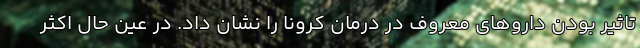
تاثیر بودن دارو‌های معروف در درمان کرونا را نشان داد. در عین حال اکثر